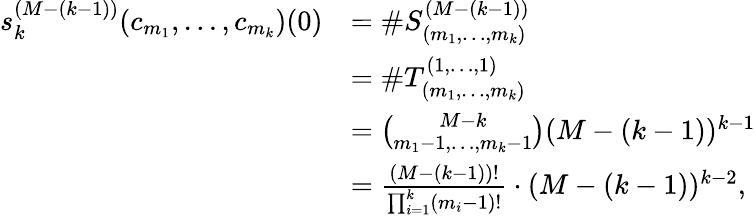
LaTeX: \begin{array}{rl}{s_{k}^{(M-(k-1))}(c_{m_{1}},\dots,c_{m_{k}})(0)}&{=\# S_{(m_{1},\dots,m_{k})}^{(M-(k-1))}}\\ &{=\# T_{(m_{1},\dots,m_{k})}^{(1,\dots,1)}}\\ &{=\binom{M-k}{m_{1}-1,\dots,m_{k}-1}(M-(k-1))^{k-1}}\\ &{=\frac{(M-(k-1))!}{\prod_{i=1}^{k}(m_{i}-1)!}\cdot(M-(k-1))^{k-2},}\end{array}